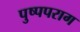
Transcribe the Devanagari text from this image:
पुष्पपराग